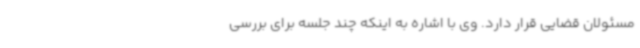
مسئولان قضایی قرار دارد. وی با اشاره به اینکه چند جلسه برای بررسی